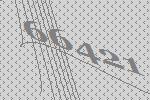
66421